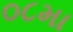
૦૮મા